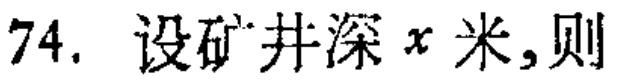
74. 设矿井深\(x\)米,则